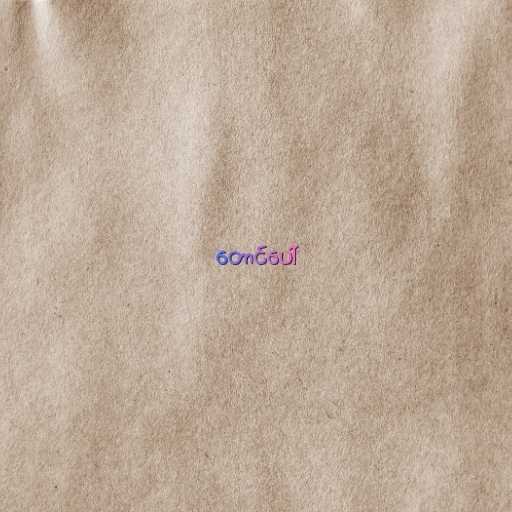
တောင်ပေါ်